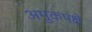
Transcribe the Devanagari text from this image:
अमुकपक्षे